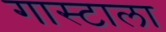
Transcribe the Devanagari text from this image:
गास्टाला